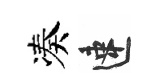
凑速